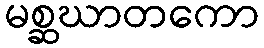
မစ္ဆဃာတကော